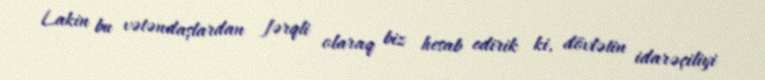
Lakin bu vətəndaşlardan fərqli olaraq biz hesab edirik ki, dövlətin idarəçiliyi